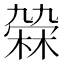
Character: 𣘑